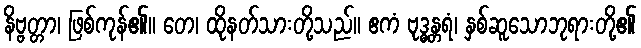
နိဗ္ဗတ္တာ၊ ဖြစ်ကုန်၏။ တေ၊ ထိုနတ်သားတို့သည်။ ဧကံ ဗုဒ္ဓန္တရံ၊ နှစ်ဆူသောဘုရားတို့၏